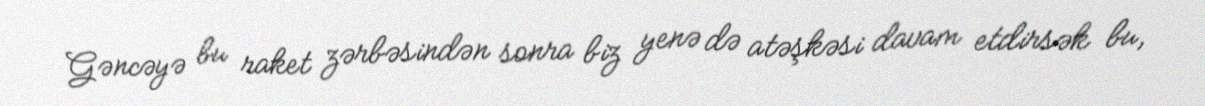
Gəncəyə bu raket zərbəsindən sonra biz yenə də atəşkəsi davam etdirsək bu,